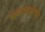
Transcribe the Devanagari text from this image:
भग्नावशेषो